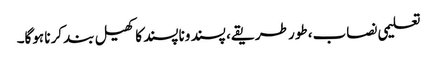
تعلیمی نصاب، طور طریقے، پسند وناپسند کا کھیل بند کرنا ہوگا۔